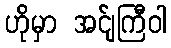
ဟိုမှာ အင်ျကြီဝါ